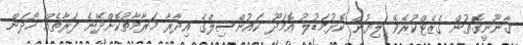
ޤާނޫނީގޮތުން ގެޒެޓްކުރެވޭ ލިޔުން ކޮޅުމަޑުލު އޮމަދޫ ކައުންސިލްގެ އިދާރާ މަރާމާތުކޮށްދޭނެ ފަރާތެއް ހޯދަން